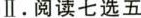
Ⅱ.阅读七选五